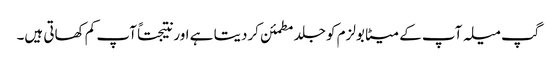
گپ میلہ آپ کے میٹابولزم کو جلد مطمئن کردیتا ہے اور نتیجتاً آپ کم کھاتی ہیں۔